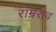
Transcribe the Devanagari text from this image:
राम्रराव